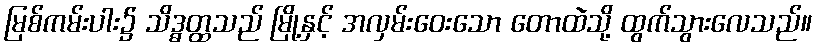
မြစ်ကမ်းပါး၌ သိဒ္ဓတ္ထသည် မြို့နှင့် အလှမ်းဝေးသော တောထဲသို့ ထွက်သွားလေသည်။